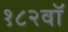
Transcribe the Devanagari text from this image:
१८२वॉ